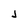
Character: j